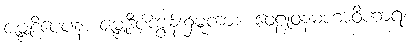
ဇမ္ဗူဒိပေပန၊ ဇမ္ဗူဒိပ်ကျွန်း၌မူကား။ ဝေဠုဝနမဟာဝိဟာရံ၊